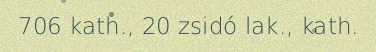
706 kath., 20 zsidó lak., kath.